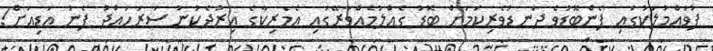
ފުވައްމުލަކުގައި ފެންބޮޑުވެ ދަނޑުވެރިކަމަށް ބޮޑު ގެއްލުމެއްވާރޭގައި އެމެރިކާގެ އިރުދެކުނު ސަރަހައްދު ފެނު އަޑިއަށް!